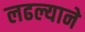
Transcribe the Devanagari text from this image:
लढल्याने